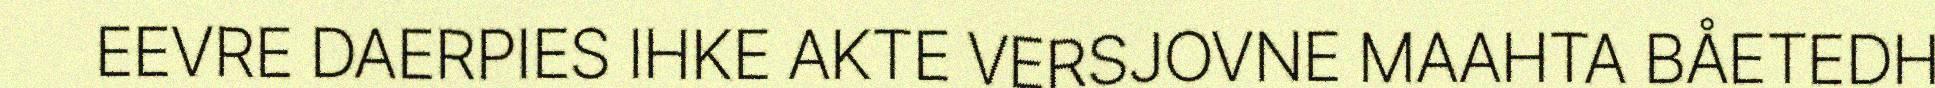
EEVRE DAERPIES IHKE AKTE VERSJOVNE MAAHTA BÅETEDH